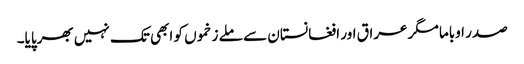
صدر اوباما مگر عراق اور افغانستان سے ملے زخموں کو ابھی تک نہیں بھرپایا۔